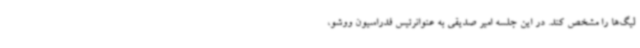
لیگ‌ها را مشخص کند. در این جلسه امیر صدیقی به عنوانرئیس فدراسیون ووشو،